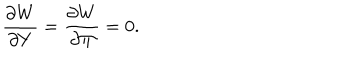
\frac { \partial W } { \partial Y } = \frac { \partial W } { \partial \Pi } = 0 .